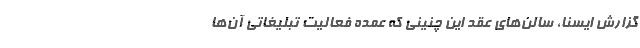
گزارش ایسنا، سالن‌های عقد این چنینی که عمده فعالیت تبلیغاتی‌ آن‌ها